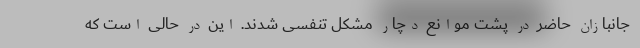
جانبازان حاضر در پشت موانع دچار مشکل تنفسی شدند. این در حالی است که